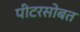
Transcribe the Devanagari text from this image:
पीटरसोबत